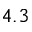
4 . 3